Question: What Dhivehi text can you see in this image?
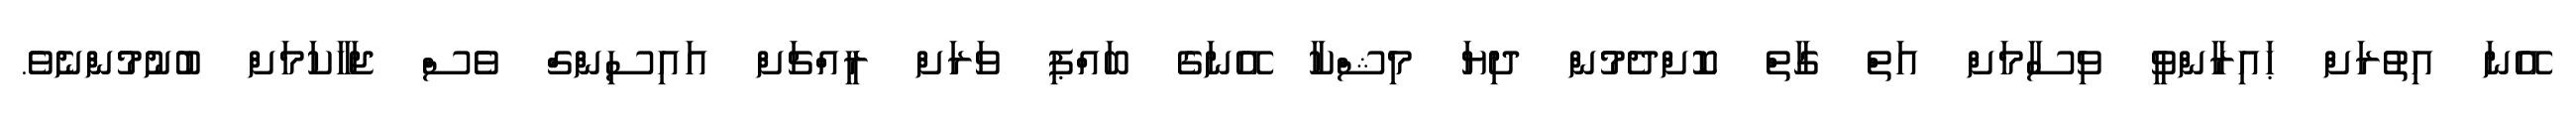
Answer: އޭނަ އިތުރަށް ޙައިރާންވީ ވިސާމަށް އަތް ގާތް ކޮށްދެމުން ދިޔަ މިޝްކާ އޭނަގެ ބައްޕި ވަރަށް ރީއްޗަށް އައިސިންގް ވެސް ޖަހާކަމަށް ބުނުމުންނެވެ.